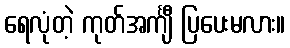
ရေလုံတဲ့ ကုတ်အင်္ကျီ ပြပေးမလား။